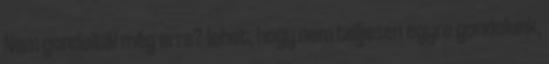
Nem gondoltál még erre?-lehet, hogy nem teljesen egyre gondolunk,